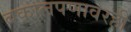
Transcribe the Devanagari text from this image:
बकालपणावरही